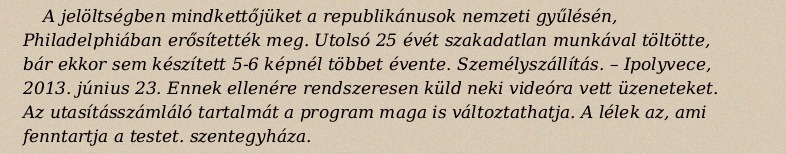
A jelöltségben mindkettőjüket a republikánusok nemzeti gyűlésén, Philadelphiában erősítették meg. Utolsó 25 évét szakadatlan munkával töltötte, bár ekkor sem készített 5-6 képnél többet évente. Személyszállítás. – Ipolyvece, 2013. június 23. Ennek ellenére rendszeresen küld neki videóra vett üzeneteket. Az utasításszámláló tartalmát a program maga is változtathatja. A lélek az, ami fenntartja a testet. szentegyháza.